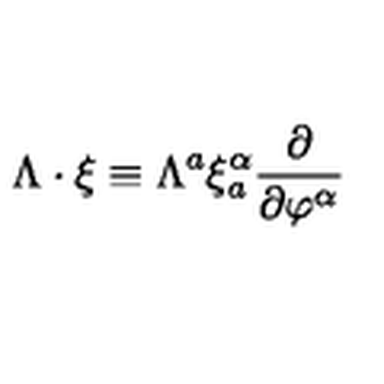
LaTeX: \Lambda \cdot \xi \equiv \Lambda ^ { a } \xi _ { a } ^ { \alpha } \frac { \partial } { \partial \varphi ^ { \alpha } }